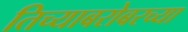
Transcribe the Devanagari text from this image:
तिच्याबरोबरच्या